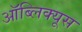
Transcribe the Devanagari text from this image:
ऑब्लिक्यूस